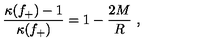
\frac { \kappa ( f _ { + } ) - 1 } { \kappa ( f _ { + } ) } = 1 - \frac { 2 M } { R } \ ,